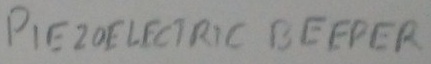
Text: PIEZO ELECTRIC BEEPER